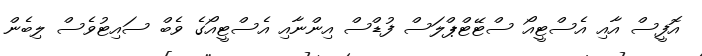
އޮފީސް އާއި އެސްޓީއޯ ސްޓޭޓްޕްލަސް ފުޑްސް އިންނާއި އެސްޓީއޯގެ ވެބް ސައިޓުވެސް ލިބެން